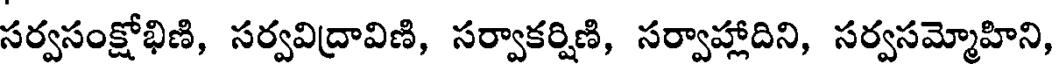
సర్వసంక్షోభిణి, సర్వవిద్రావిణి, సర్వాకర్షిణి, సర్వాహ్లాదిని, సర్వసమ్మోహిని,